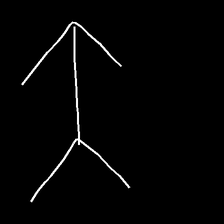
Glyph: gather